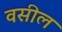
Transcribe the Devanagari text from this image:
वसील